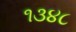
૧૩૪૮